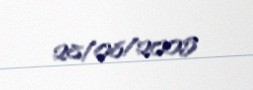
28/08/2005